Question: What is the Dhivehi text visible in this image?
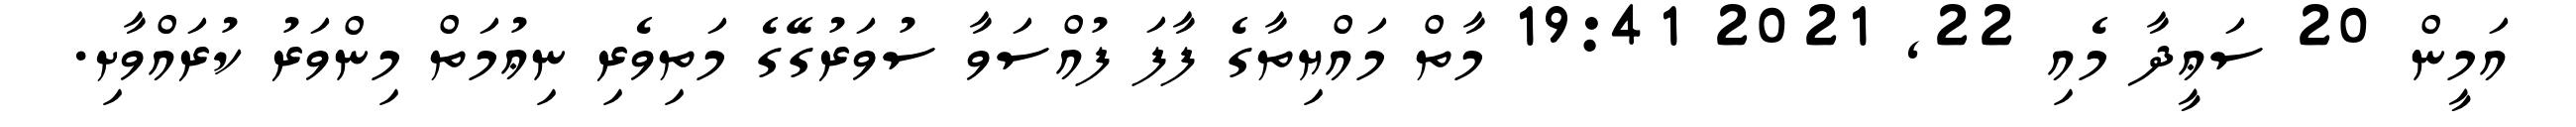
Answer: އަމީން 20 ސަޢީދާ މެއި 22, 2021 19:41 މާތް މައްޔިތާގެ ފާފަ ފުއްސަވާ ސުވަރުގޭގެ މަތިވެރި ނިޢުމަތް މިންވަރު ކުރައްވާށި.